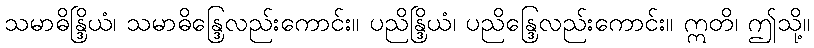
သမာဓိန္ဒြိယံ၊ သမာဓိန္ဒြေလည်းကောင်း။ ပညိန္ဒြိယံ၊ ပညိန္ဒြေလည်းကောင်း။ ဣတိ၊ ဤသို့။